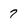
Character: 7